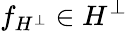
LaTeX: f_{H^{\bot}}\in H^{\bot}